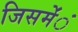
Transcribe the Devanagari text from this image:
जिसमेंंं